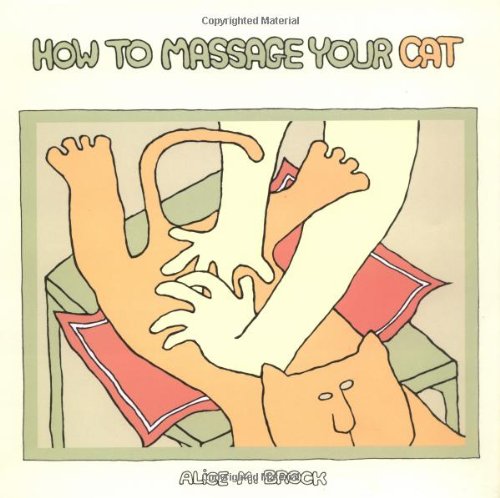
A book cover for How to Massage Your Cat; Alice M. Brock; Humor & Entertainment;